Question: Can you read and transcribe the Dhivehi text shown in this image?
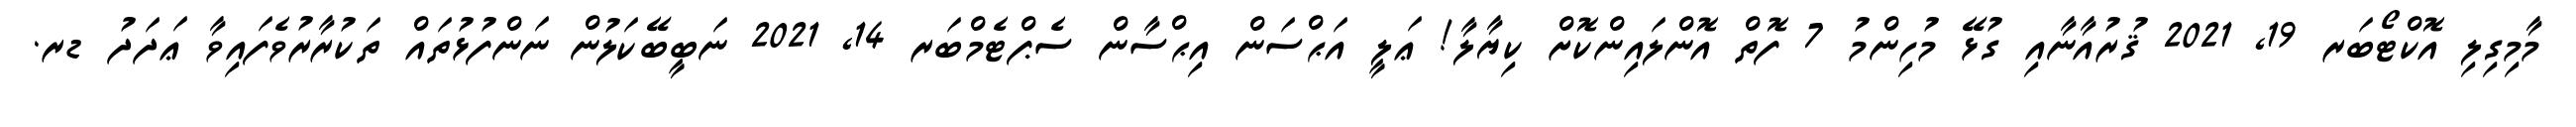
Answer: މާމިގިލި އޮކްޓޯބަރ 19, 2021 ޤުރުއާނާއި ގުޅޭ މުހިންމު 7 ފޮތް އޮންލައިންކޮށް ކިޔާލާ! ޢަލީ އަޙްސަން އިޙްސާން ސެޕްޓެމްބަރ 14, 2021 ނަބީބޭކަލުން ނަންފުޅުތައް ތަކުރާރުވެފައިވާ ޢަދަދު ޑރ.